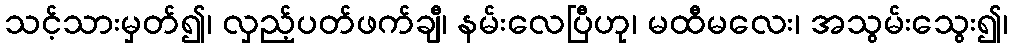
သင့်သားမှတ်၍၊ လှည့်ပတ်ဖက်ချီ၊ နမ်းလေပြီဟု၊ မထီမလေး၊ အသွမ်းသွေး၍၊